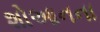
શોઆનના